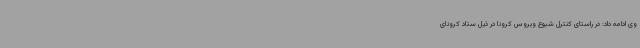
وی ادامه داد: در راستای کنترل شیوع ویروس کرونا در ذیل ستاد کرونای